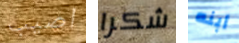
اصيب شكرا أبنه